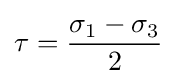
\tau ={\frac {\sigma _{1}-\sigma _{3}}{2}}